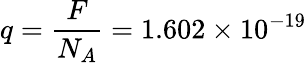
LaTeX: q=\frac{F}{N_{A}}=1.602\times 10^{-19}